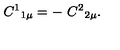
C ^ { 1 } { } _ { 1 \mu } = - \ C ^ { 2 } { } _ { 2 \mu } .